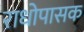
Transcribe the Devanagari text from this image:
राधोपासक